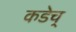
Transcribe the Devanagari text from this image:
कडेच्